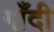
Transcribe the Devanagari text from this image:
गाँदी